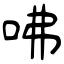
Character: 咈